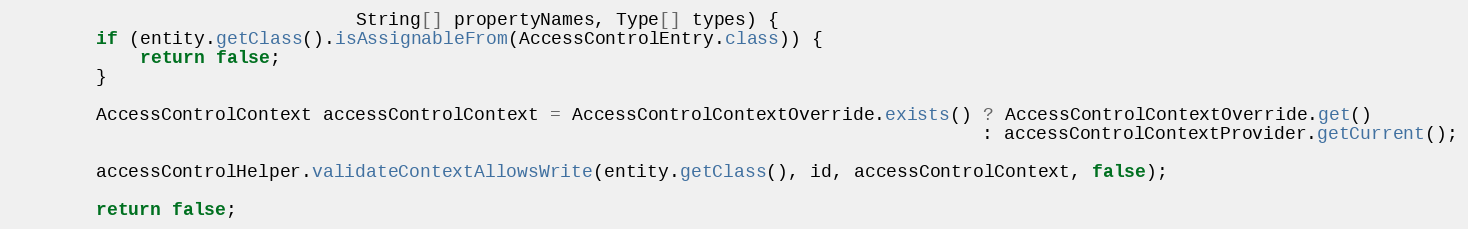
Language: Java
                                String[] propertyNames, Type[] types) {
        if (entity.getClass().isAssignableFrom(AccessControlEntry.class)) {
            return false;
        }

        AccessControlContext accessControlContext = AccessControlContextOverride.exists() ? AccessControlContextOverride.get()
                                                                                          : accessControlContextProvider.getCurrent();

        accessControlHelper.validateContextAllowsWrite(entity.getClass(), id, accessControlContext, false);

        return false;